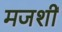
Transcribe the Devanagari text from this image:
मजशीं